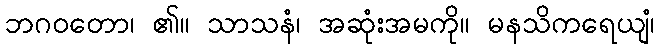
ဘဂဝတော၊ ၏။ သာသနံ၊ အဆုံးအမကို။ မနသိကရေယျံ၊